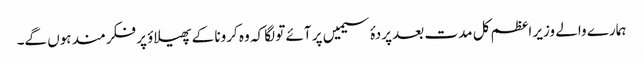
ہمارے والے وزیر اعظم کل مدت بعد پردۂ سیمیں پر آئے تو لگا کہ وہ کرونا کے پھیلاؤ پر فکرمند ہوں گے۔